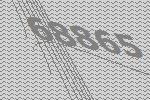
68865